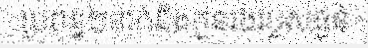
ប្រពន្ធ២នាក់និងកូនរងរបួសធ្ងន់